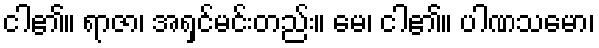
ငါ၏။ ရာဇာ၊ အရှင်မင်းတည်း။ မေ၊ ငါ၏။ ပါဏသမော၊